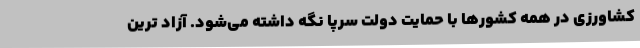
کشاورزی در همه کشورها با حمایت دولت سرپا نگه داشته می‌شود. آزاد ترین